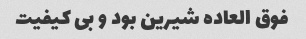
فوق العاده شیرین بود و بی کیفیت